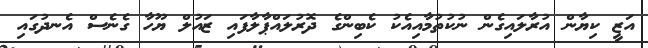
އަޒީ ކިޔާން އުރާލައިގެން ނުކުތުމާއިއެކު ކެބިންގެ ދޮރުލައްޕާލާފައި ޒައުލް ޔޫހާ ގެނެސް އެނދުގައި